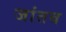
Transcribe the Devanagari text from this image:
जांतब